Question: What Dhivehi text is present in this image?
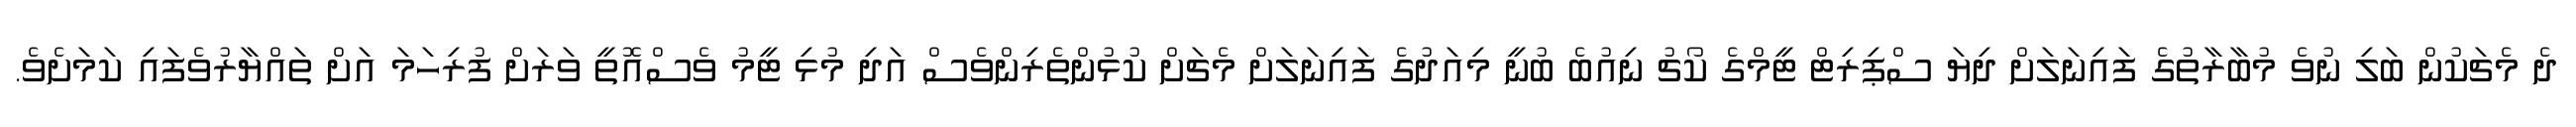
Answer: ދެ މެޗަކުން ބަލި ނުވެ މުބާރާތުގެ ފައިނަލަށް ދިޔަ ސްޕިރިޓް ޓީމްގެ ކޯޗު ނިއުބެ ބުނީ މިއަދުގެ ފައިނަލަށް މެޗަށް ކުޅުންތެރިންވެސް އަދި މުޅި ޓީމު ވެސްއޮތީ ވަރަށް ފުރިހަމަ އަށް ތައްޔާރުވެފައި ކަމަށެވެ.